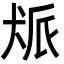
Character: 𬌰